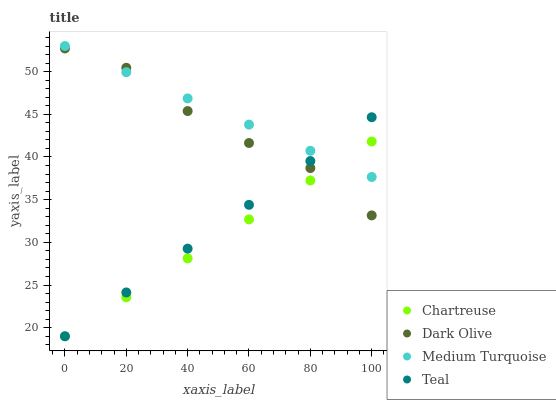
| xaxis_label | Chartreuse | Dark Olive | Medium Turquoise | Teal |
 | --- | --- | --- | --- | --- |
 | 0 | 19 | 52.7 | 53 | 19 |
 | 20 | 23.6 | 50.4 | 49.9 | 24.1 |
 | 40 | 28.1 | 45.4 | 46.9 | 29.3 |
 | 60 | 32.7 | 41.6 | 43.8 | 34.4 |
 | 80 | 37.3 | 38.7 | 40.7 | 39.5 |
 | 100 | 41.8 | 33.2 | 37.7 | 44.7 |